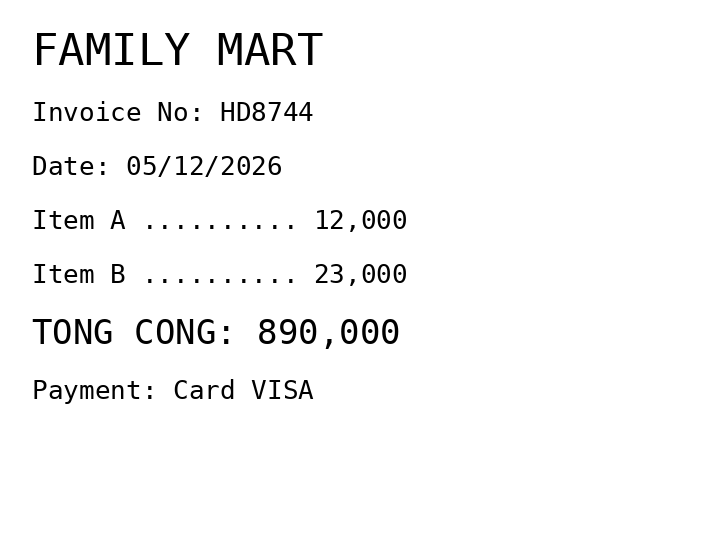
FAMILY MART
Invoice No: HD8744
Date: 05/12/2026
Item A .......... 12,000
Item B .......... 23,000
TONG CONG: 890,000
Payment: Card VISA
Merchant: family mart
Date: 2026-12-05
Total: 890000
Invoice No: HD8744
Payment method: CARD